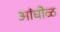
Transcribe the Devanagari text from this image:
अांघोळ